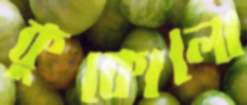
কুকোলো